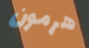
هرمون